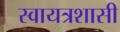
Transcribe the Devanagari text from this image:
स्वायत्रशासी